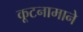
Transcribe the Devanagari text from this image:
कूटनामाने